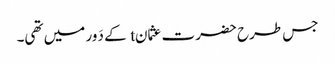
جس طرح حضرت عثمانt کے دَور میں تھی۔